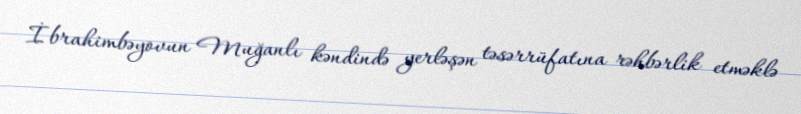
İbrahimbəyovun Muğanlı kəndində yerləşən təsərrüfatına rəhbərlik etməklə